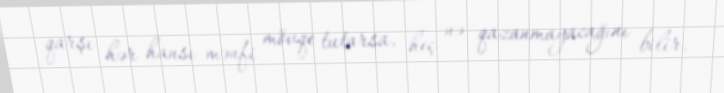
qarşı hər hansı mənfi mövqe tutarsa, heç nə qazanmayacağını bilir.